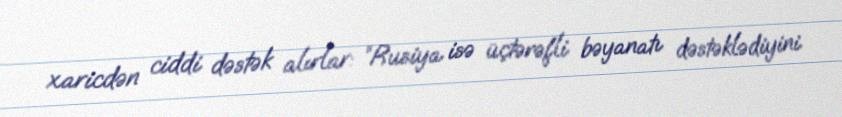
xaricdən ciddi dəstək alırlar: “Rusiya isə üçtərəfli bəyanatı dəstəklədiyini